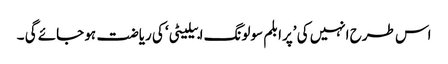
اس طرح انہیں کی ’پرابلم سولونگ ابیلیٹی‘ کی ریاضت ہو جائے گی ۔